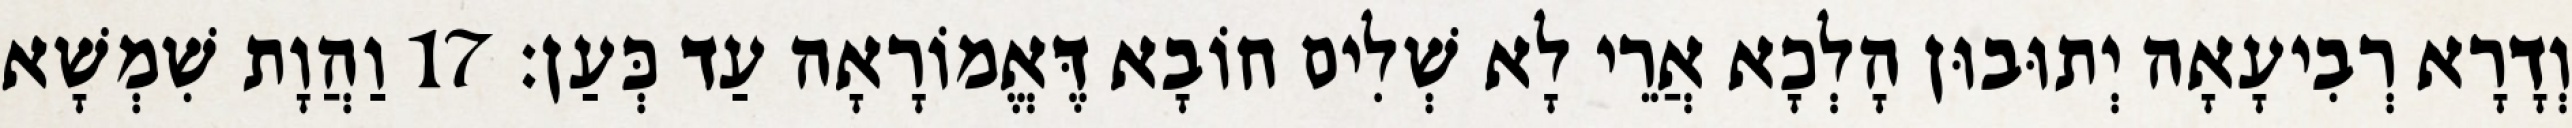
וְדָרָא רְבִיעָאָה יְתוּבוּן הָלְכָא אֲרֵי לָא שְׁלִים חוֹבָא דֶּאֱמוֹרָאָה עַד כְּעַן׃ 17 וַהֲוָת שִׁמְשָׁא